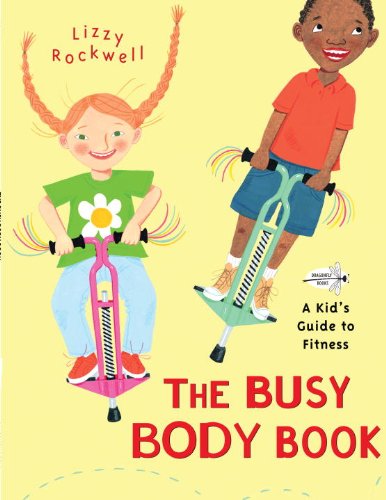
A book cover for The Busy Body Book: A Kid's Guide to Fitness; Lizzy Rockwell; Health, Fitness & Dieting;